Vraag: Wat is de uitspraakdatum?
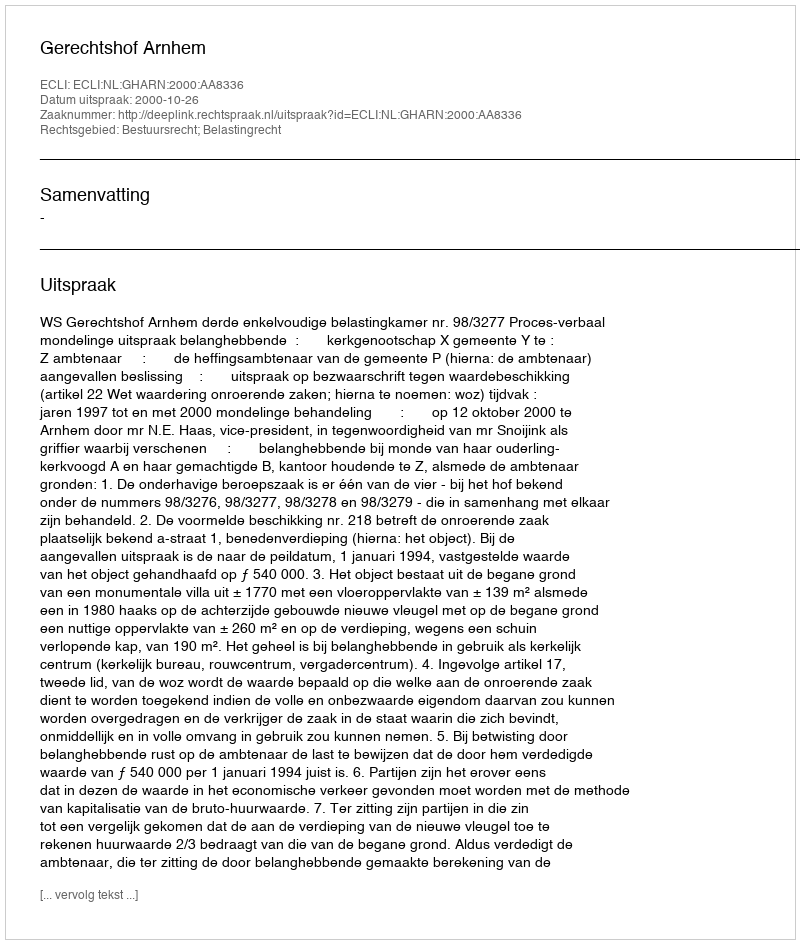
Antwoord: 2000-10-26